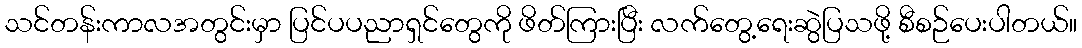
သင်တန်းကာလအတွင်းမှာ ပြင်ပပညာရှင်တွေကို ဖိတ်ကြားပြီး လက်တွေ့ရေးဆွဲပြသဖို့ စီစဉ်ပေးပါတယ်။